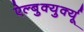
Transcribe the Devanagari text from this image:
ऐल्बुक्युर्क्यू